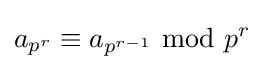
a_{p^{r}}\equiv a_{p^{r-1}}{\text{ mod }}p^{r}